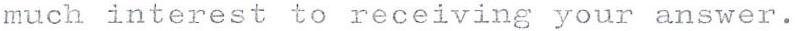
much interest to receiving your answer.